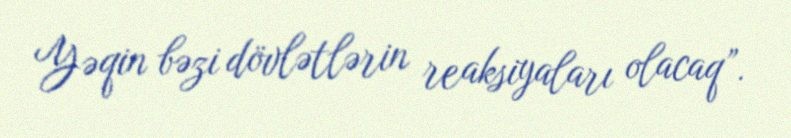
Yəqin bəzi dövlətlərin reaksiyaları olacaq”.